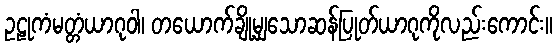
ဥဠုကံမတ္တံယာဂုဝါ၊ တယောက်ချို့မျှသောဆန်ပြုတ်ယာဂုကိုလည်းကောင်း။